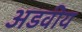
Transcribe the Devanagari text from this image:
अडवीय